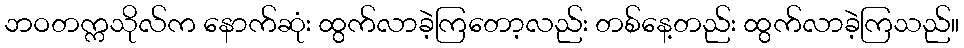
ဘဝတက္ကသိုလ်က နောက်ဆုံး ထွက်လာခဲ့ကြတော့လည်း တစ်နေ့တည်း ထွက်လာခဲ့ကြသည်။